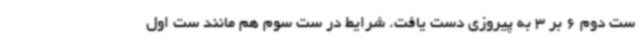
ست دوم 6 بر 3 به پیروزی دست یافت. شرایط در ست سوم هم مانند ست اول